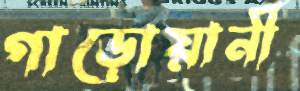
গাড়োয়ানী